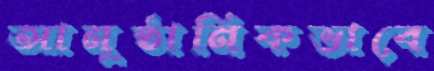
আনুষ্ঠানিকভাবে